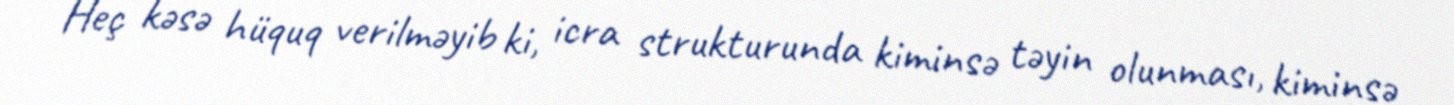
Heç kəsə hüquq verilməyib ki, icra strukturunda kiminsə təyin olunması, kiminsə